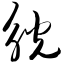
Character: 觥